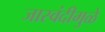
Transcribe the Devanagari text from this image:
जास्वंदीमुळे